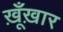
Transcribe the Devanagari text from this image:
ख़ूँख़ार